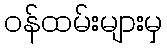
ဝန်ထမ်းများမှ